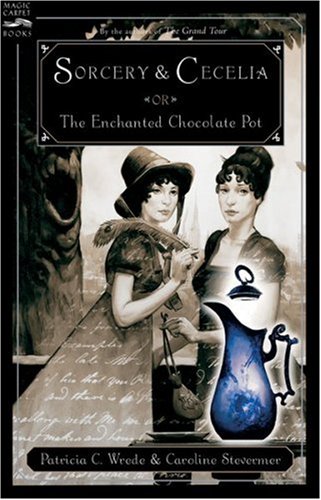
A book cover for Sorcery and Cecelia or The Enchanted Chocolate Pot; Patricia C. Wrede; Teen & Young Adult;